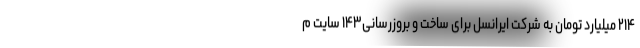
۲۱۴ میلیارد تومان به شرکت ایرانسل برای ساخت و بروزرسانی۱۴۳ سایت م